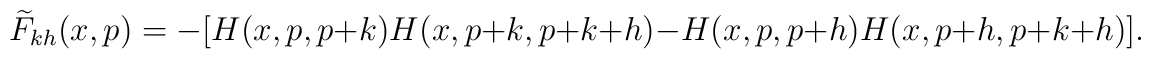
\widetilde F_{kh}(x,p)=-[H(x,p,p+k)H(x,p+k,p+k+h)-H(x,p,p+h)H(x,p+h,p+k+h)].